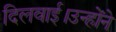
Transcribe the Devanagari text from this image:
दिलवाई।उन्होंने